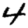
Digit: 4